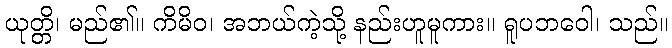
ယုတ္တိ၊ မည်၏။ ကိမိဝ၊ အဘယ်ကဲ့သို့ နည်းဟူမူကား။ ရူပဘဝေါ၊ သည်။